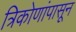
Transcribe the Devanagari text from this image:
त्रिकोणांपासून